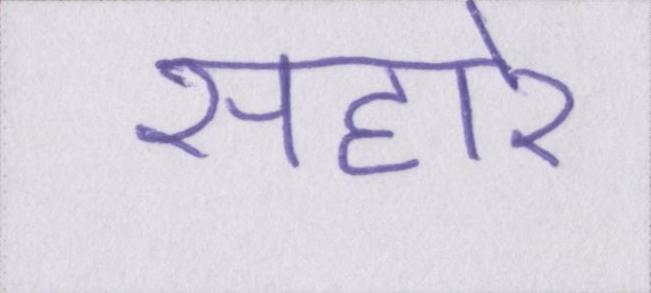
सहारे